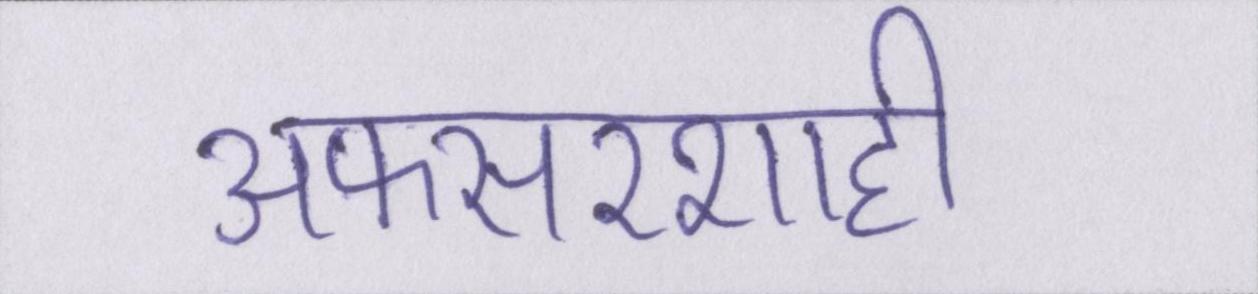
अफसरशाही